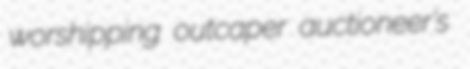
worshipping outcaper auctioneer's